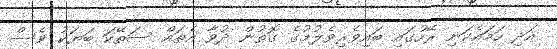
އަދި ހަމައެކަނި ރޭހުގައި ބައިވެރިވެލުމުގެ ގޮތުން ދުވާ އެތައް ސަތޭކަ ބަޔަކު ވެސް